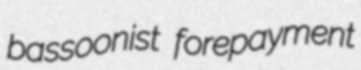
bassoonist forepayment